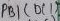
Text: PB1 (D(1)